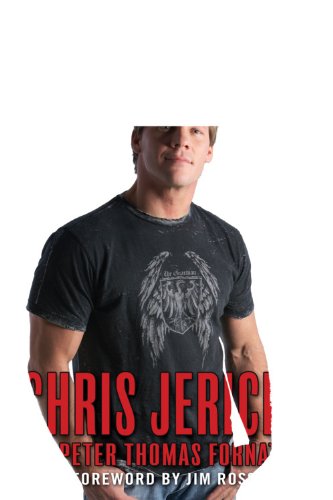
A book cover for A Lion's Tale: Around the World in Spandex; Chris Jericho; Biographies & Memoirs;